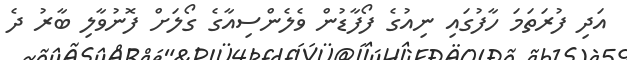
އަދި ފުރަތަމަ ހާފުގައި ނިއުގެ ފޯފާޑުން ވެލެންސިއާގެ ގޯލަށް ފޮނުވާލި ބާރު ދެ